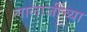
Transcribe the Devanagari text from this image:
लालाजींच्या